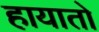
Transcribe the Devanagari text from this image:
हायातो